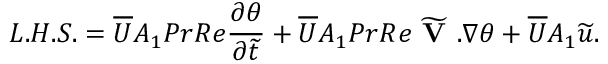
L . H . S . = \overline { { U } } A _ { 1 } P r R e { \frac { \partial \theta } { \partial \widetilde { t } } } + \overline { { U } } A _ { 1 } P r R e \widetilde { \textbf { V } } . \nabla \theta + \overline { { U } } A _ { 1 } \widetilde { u } .